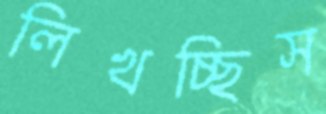
লিখচ্ছিস